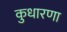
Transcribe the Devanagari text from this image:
कुधारणा